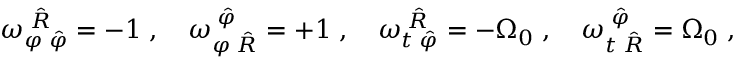
{ \omega } _ { \varphi \; \hat { \varphi } } ^ { \; \hat { R } } = - 1 \; , \quad { \omega } _ { \varphi \; \hat { R } } ^ { \; \hat { \varphi } } = + 1 \; , \quad { \omega } _ { t \; \hat { \varphi } } ^ { \; \hat { R } } = - { \Omega } _ { 0 } \; , \quad { \omega } _ { t \; \hat { R } } ^ { \; \hat { \varphi } } = { \Omega } _ { 0 } \; ,